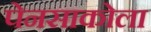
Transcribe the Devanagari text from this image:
पेनसाकोला